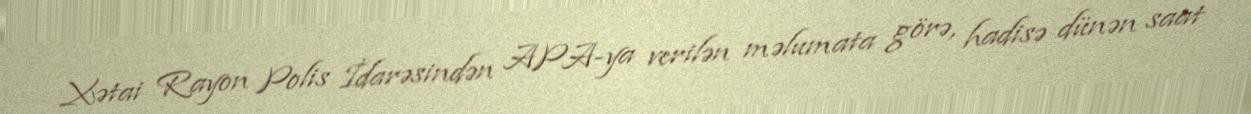
Xətai Rayon Polis İdarəsindən APA-ya verilən məlumata görə, hadisə dünən saat